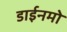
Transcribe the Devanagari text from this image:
डाईनमो